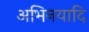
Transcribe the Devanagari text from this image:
अभिनयादि